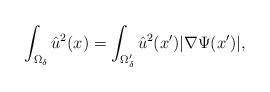
LaTeX: \begin{align*}\int_{\Omega_\delta}\hat{u}^2(x)=\int_{\Omega'_\delta}\hat{u}^2(x')|\nabla \Psi(x')|,\end{align*}